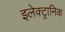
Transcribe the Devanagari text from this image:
इलेक्‍ट्रानिक